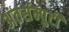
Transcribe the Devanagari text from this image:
अंतर्सम्पुटी